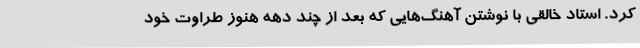
کرد. استاد خالقی با نوشتن آهنگ‌هایی که بعد از چند دهه هنوز طراوت خود